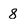
Character: 8